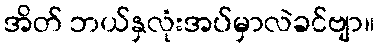
အိတ် ဘယ်နှလုံးအပ်မှာလဲခင်ဗျာ။